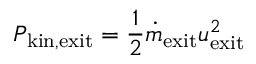
P _ { \mathrm { k i n , e x i t } } = \frac { 1 } { 2 } \dot { m } _ { \mathrm { e x i t } } u _ { \mathrm { e x i t } } ^ { 2 }